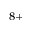
^ { 8 + }